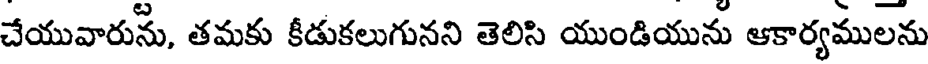
చేయువారును, తమకు కీడుకలుగునని తెలిసి యుండియును ఆకార్యములను